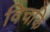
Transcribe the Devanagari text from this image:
विचकि